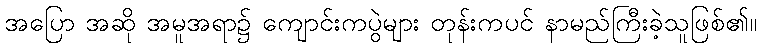
အပြော အဆို အမူအရာ၌ ကျောင်းကပွဲများ တုန်းကပင် နာမည်ကြီးခဲ့သူဖြစ်၏။